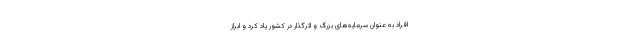
افراد به عنوان سرمایه‌های بزرگ و اثرگذار در کشور یاد کرد و ابراز